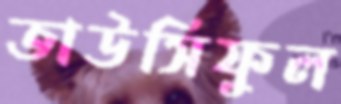
তাউসিফুল